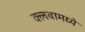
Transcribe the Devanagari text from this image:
क्लबामध्ये